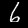
Digit: 6